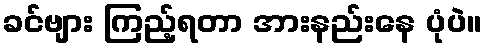
ခင်ဗျား ကြည့်ရတာ အားနည်းနေ ပုံပဲ။